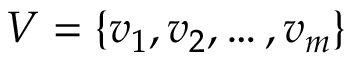
V = \{ v _ { 1 } , v _ { 2 } , \dots , v _ { m } \}